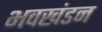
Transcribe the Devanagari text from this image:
भवखंडन